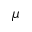
\mu